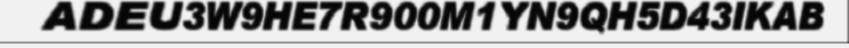
ADEU3W9HE7R900M1YN9QH5D43IKAB